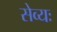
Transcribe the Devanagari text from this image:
सेव्यः